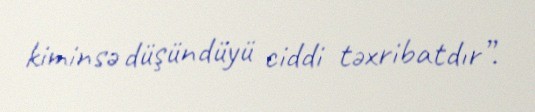
kiminsə düşündüyü ciddi təxribatdır”.